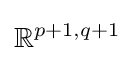
\mathbb {R} ^{p+1,q+1}